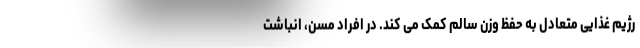
رژیم غذایی متعادل به حفظ وزن سالم کمک می کند. در افراد مسن، انباشت